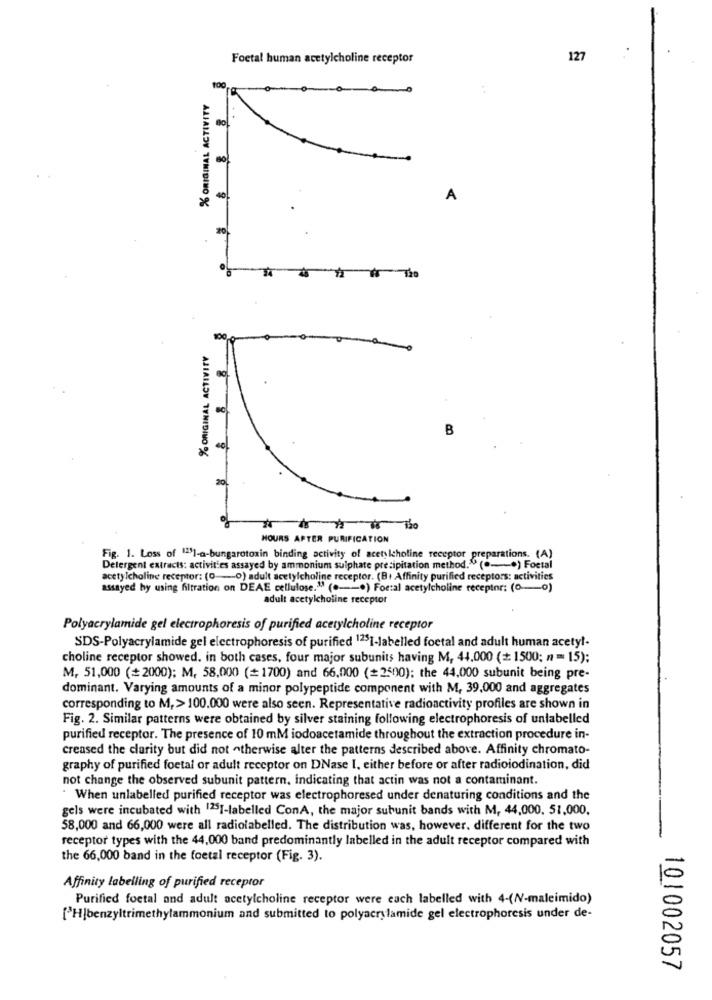
Foetal human acetylcholine receptor
127
100
% ORIGINAL ACTIVITY
no
8
A
% ORIGINAL ACTIVITY
80
B
201
HOURS AFTER PURIFICATION
Fig. 1. Loss of 12]-a-bungarotoxin binding activity of acetylcholine receptor preparations. (A)
Detergent extracts: activities assayed by ammonium sulphate precipitation method."("-+) Foctal
acetylcholine receptor: (0-0) adult acetylcholine receptor. (B+ Affinity purified receptors: activities
assayed by using filtration on DEAE cellulose." ( .---. ) Foetal acetylcholine receptor: (0-0)
adult acetylcholine receptor
Polyacrylamide gel electrophoresis of purified acetylcholine receptor
SDS-Polyacrylamide gel electrophoresis of purified 1251-labelled foetal and adult human acetyl-
choline receptor showed. in both cases, four major subunits having M, 44.000 (+ 1500: n = 15);
M, 51,000 (+2000); M, 58,000 (=1700) and 66,000 (=2500): the 44,000 subunit being pre-
dominant. Varying amounts of a minor polypeptide component with M, 39,000 and aggregates
corresponding to M,> 100.000 were also seen. Representative radioactivity profiles are shown in
Fig. 2. Similar patterns were obtained by silver staining following electrophoresis of unlabelled
purified receptor. The presence of 10 mM iodoacetamide throughout the extraction procedure in-
creased the clarity but did not otherwise alter the patterns described above. Affinity chromato-
graphy of purified foetal or adult receptor on DNase I, either before or after radioiodination, did
not change the observed subunit pattern, indicating that actin was not a contaminant.
When unlabelled purified receptor was electrophoresed under denaturing conditions and the
gels were incubated with "251-labelled ConA, the major subunit bands with M, 44,000. 51,000.
58,000 and 66,000 were all radiolabelled. The distribution was, however. different for the two
receptor types with the 44,000 band predominantly labelled in the adult receptor compared with
the 66,000 band in the foetal receptor (Fig. 3).
Affinity labelling of purified receptor
Purified foetal and adult acetylcholine receptor were each labelled with 4-(NV-maleimido)
['H|benzyltrimethylammonium and submitted to polyacrylamide gel electrophoresis under de-
101002057